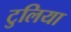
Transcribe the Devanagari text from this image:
टुलिया